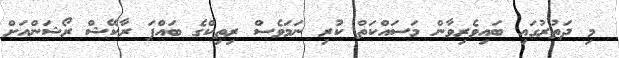
މި ދަތުރުގައި ބައިވެރިވާން މަސައްކަތް ކުރި ނަމަވެސް ރިތިކްގެ ބައްޕަ ރާކޭޝް ރޯޝަންއަށް